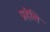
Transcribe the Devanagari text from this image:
प्रहेलि